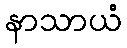
နာသာယံ